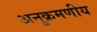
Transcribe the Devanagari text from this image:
अनुक्रमणीय